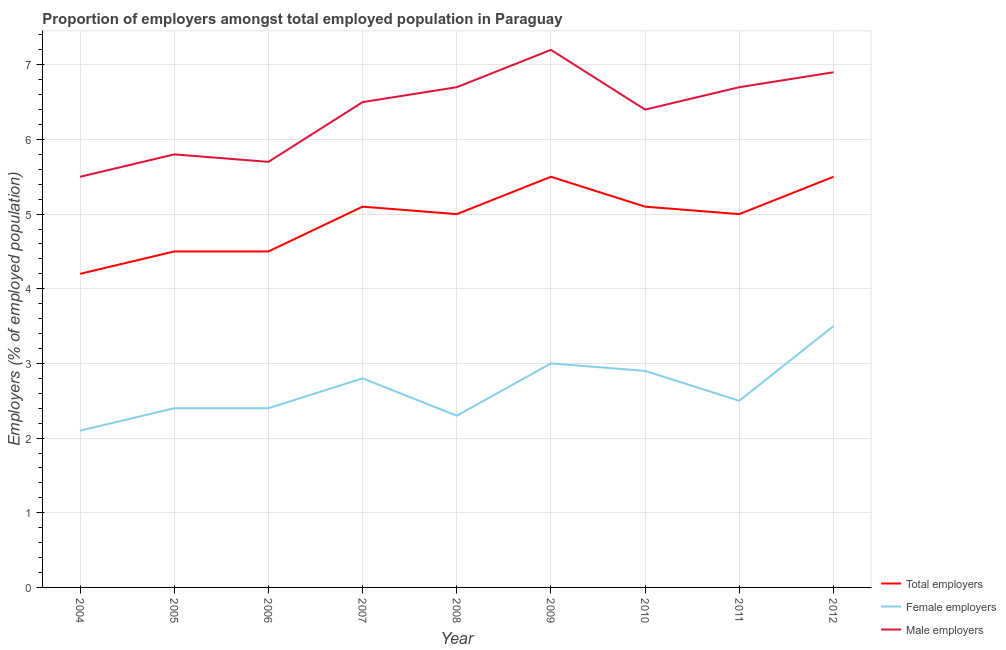
| Year | Total employers | Female employers | Male employers |
 | --- | --- | --- | --- |
 | 2004 | 4.2 | 2.1 | 5.5 |
 | 2005 | 4.5 | 2.4 | 5.8 |
 | 2006 | 4.5 | 2.4 | 5.7 |
 | 2007 | 5.1 | 2.8 | 6.5 |
 | 2008 | 5 | 2.3 | 6.7 |
 | 2009 | 5.5 | 3 | 7.2 |
 | 2010 | 5.1 | 2.9 | 6.4 |
 | 2011 | 5 | 2.5 | 6.7 |
 | 2012 | 5.5 | 3.5 | 6.9 |